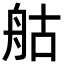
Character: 䑩